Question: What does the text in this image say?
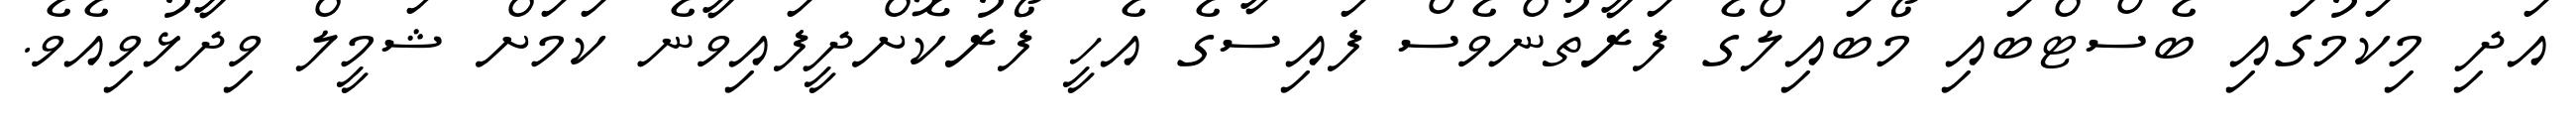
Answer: އަދި މިކަމުގައި ބެސްޓްބައި މޯބައިލްގެ ފަރާތުންވެސް ފައިސާގެ އެހީ ފޯރުކޮށްދީފައިވާނެ ކަމަށް ޝަމީލް ވިދާޅުވިއެވެ.